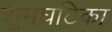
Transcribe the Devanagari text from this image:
शुभघटिका